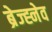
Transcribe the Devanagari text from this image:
ब्रेज्ह्नेव